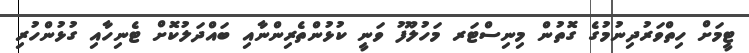
ޓީމަށް ހިތްވަރުދިނުމުގެ ގޮތުން މިނިސްޓަރ މަހުލޫފު ވަނީ ކުޅުންތެރިންނާއި ބައްދަލުކޮށް ޓެނިހާއި ގުޅުންހުރި